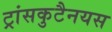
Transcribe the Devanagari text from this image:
ट्रांसकुटैनयस